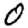
Digit: 0